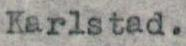
Karlstad.